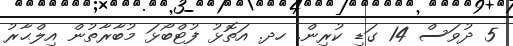
5 ދުވަސް 14 ގަޑި ކުރިން. ހދ. އަތޮޅު ފުޓްބޯޅަ މުބާރާތުން އިލްޙާރު